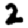
Digit: 2